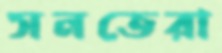
সনতেরা